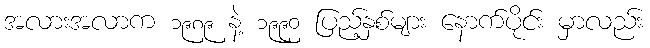
အလားအလာက ၁၉၈၉ နဲ့ ၁၉၉၀ ပြည့်နှစ်များ နောက်ပိုင်း မှာလည်း